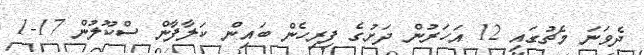
ދެވަނަ މެޗުގައި 12 އަހަރުން ދަށުގެ ފިރިހެން ބައިން ކަލާފާން ސްކޫލުން 17-1